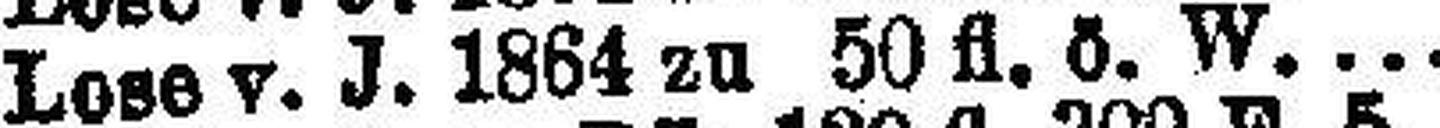
Lose v. J. 1864 zu 50 fl. ö. W.